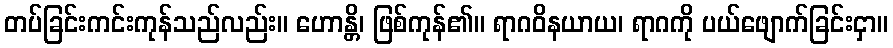
တပ်ခြင်းကင်းကုန်သည်လည်း။ ဟောန္တိ၊ ဖြစ်ကုန်၏။ ရာဂဝိနယာယ၊ ရာဂကို ပယ်ဖျောက်ခြင်းငှာ။